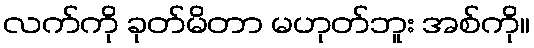
လက်ကို ခုတ်မိတာ မဟုတ်ဘူး အစ်ကို။